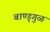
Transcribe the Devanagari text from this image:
बाण्ड्गुळ